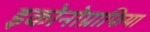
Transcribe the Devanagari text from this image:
इकोनोग्राफिया